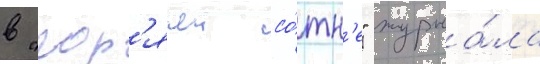
в "гор'ячеи со́тн'е" журна́ла